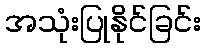
အသုံးပြုနိုင်ခြင်း